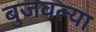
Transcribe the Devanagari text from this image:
बुजवल्या